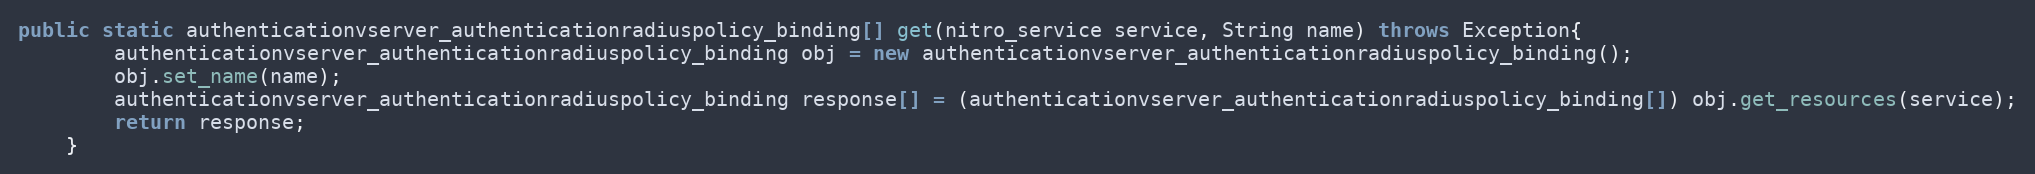
Language: Java
public static authenticationvserver_authenticationradiuspolicy_binding[] get(nitro_service service, String name) throws Exception{
		authenticationvserver_authenticationradiuspolicy_binding obj = new authenticationvserver_authenticationradiuspolicy_binding();
		obj.set_name(name);
		authenticationvserver_authenticationradiuspolicy_binding response[] = (authenticationvserver_authenticationradiuspolicy_binding[]) obj.get_resources(service);
		return response;
	}